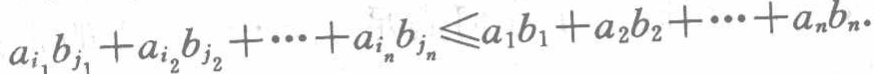
\(a_{i_1}b_{j_1}+a_{i_2}b_{j_2}+\cdots +a_{i_n}b_{j_n}\leqslant a_1b_1 + a_2b_2+\cdots +a_nb_n\)